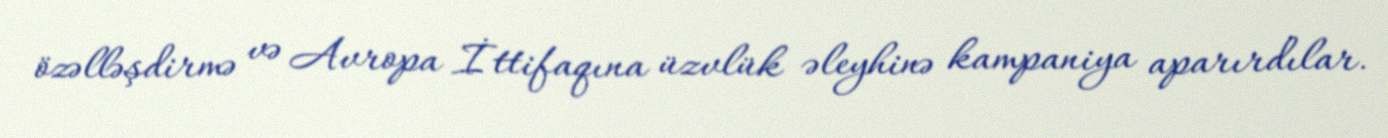
özəlləşdirmə və Avropa İttifaqına üzvlük əleyhinə kampaniya aparırdılar.